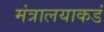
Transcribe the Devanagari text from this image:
मंत्रालयाकडं